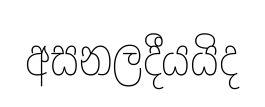
අසනලදීයයිද